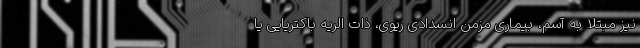
نیز مبتلا به آسم، بیماری مزمن انسدادی ریوی، ذات الریه باکتریایی یا